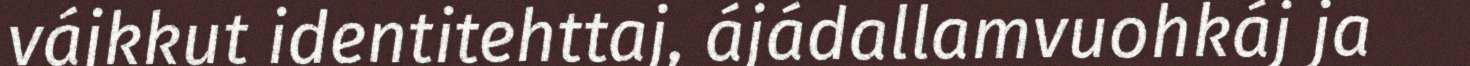
vájkkut identitehttaj, ájádallamvuohkáj ja